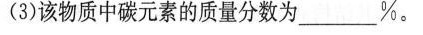
(3)该物质中碳元素的质量分数为_______%。